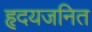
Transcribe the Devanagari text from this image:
हृदयजनित